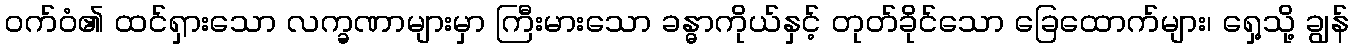
ဝက်ဝံ၏ ထင်ရှားသော လက္ခဏာများမှာ ကြီးမားသော ခန္ဓာကိုယ်နှင့် တုတ်ခိုင်သော ခြေထောက်များ၊ ရှေ့သို့ ချွန်